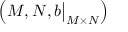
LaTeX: \left( M , N , b { \big \vert } _ { M \times N } \right)